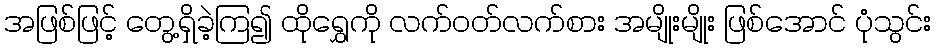
အဖြစ်ဖြင့် တွေ့ရှိခဲ့ကြ၍ ထိုရွှေကို လက်ဝတ်လက်စား အမျိုးမျိုး ဖြစ်အောင် ပုံသွင်း